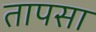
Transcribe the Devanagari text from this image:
तापसा